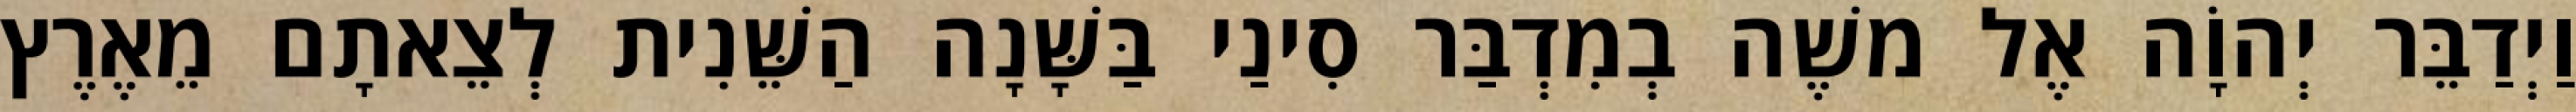
וַיְדַבֵּר יְהוָֹה אֶל משֶׁה בְמִדְבַּר סִינַי בַּשָּׁנָה הַשֵּׁנִית לְצֵאתָם מֵאֶרֶץ